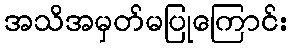
အသိအမှတ်မပြုကြောင်း